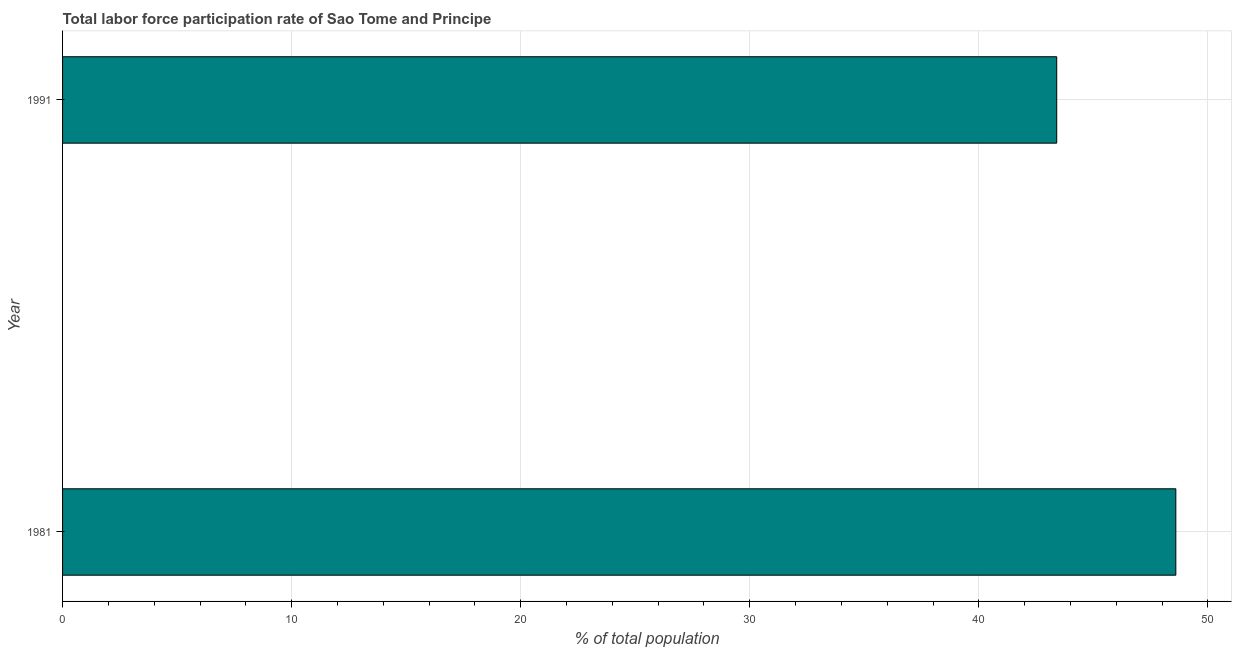
| Year | Labor force participation rate for ages 15-24 total |
 | --- | --- |
 | 1981 | 48.6 |
 | 1991 | 43.4 |